Indian journal of veterinary science and animal husbandry - Volume 5,
Year: 1935
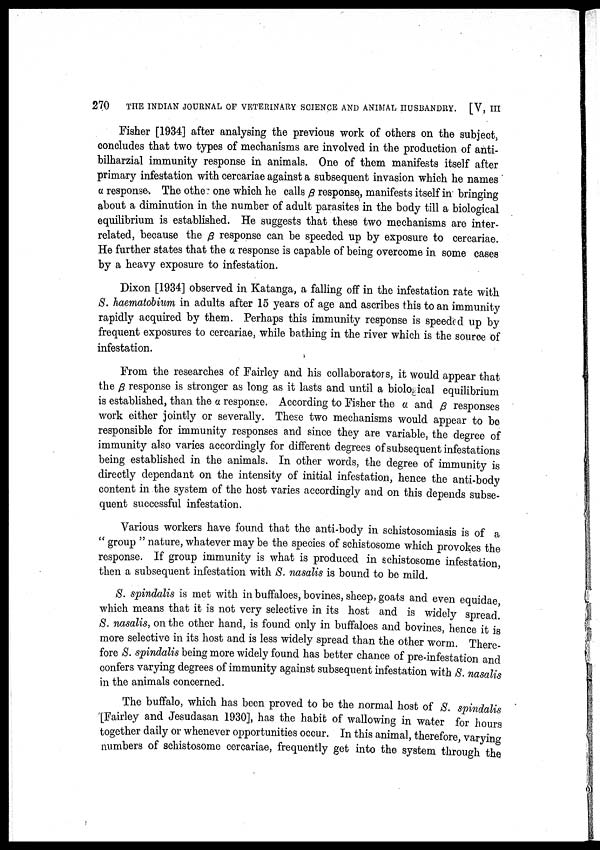
270
THE INDIAN JOURNAL OF VETERINARY SCIENCE AND ANIMAL HUSBANDRY. [V, III
Fisher [1934] after analysing the previous work of others on the subject,
concludes that two types of mechanisms are involved in the production of anti¬
bilharzial immunity response in animals. One of them manifests itself after
primary infestation with cercariae against a subsequent invasion which he names
a response. The othe one which he calls β response, manifests itself in bringing
about a diminution in the number of adult parasites in the body till a biological
equilibrium is established. He suggests that these two mechanisms are inter
related, because the β response can be speeded up by exposure to cercariae.
He further states that the a response is capable of being overcome in some cases
by a heavy exposure to infestation.
Dixon [1934] observed in Katanga, a falling off in the infestation rate with
S. haematobium in adults after 15 years of age and ascribes this to an immunity
rapidly acquired by them. Perhaps this immunity response is speeded up by
frequent exposures to cercariae, while bathing in the river which is the source of
infestation.
From the researches of Fairley and his collaborators, it would appear that
the β response is stronger as long as it lasts and until a biological equilibrium
is established, than the a response. According to Fisher the α and β responses
work either jointly or severally. These two mechanisms would appear to be
responsible for immunity responses and since they are variable, the degree of
immunity also varies accordingly for different degrees of subsequent infestations
being established in the animals. In other words, the degree of immunity is
directly dependant on the intensity of initial infestation, hence the anti-body
content in the system of the host varies accordingly and on this depends subse
quent successful infestation.
Various workers have found that the anti-body in schistosomiasis is of a
" group " nature, whatever may be the species of schistosome which provokes the
response. If group immunity is what is produced in schistosome infestation,
then a subsequent infestation with S. nasalis is bound to be mild.
S. spindalis is met with in buffaloes, bovines, sheep, goats and even equidae,
which means that it is not very selective in its host and is widely spread.
S. nasalis, on the other hand, is found only in buffaloes and bovines, hence it is
more selective in its host and is less widely spread than the other worm. There
fore S. spindalis being more widely found has better chance of pre-infestation and
confers varying degrees of immunity against subsequent infestation with S. nasalis
in the animals concerned.
The buffalo, which has been proved to be the normal host of S. spindalis
[Fairley and Jesudasan 1930], has the habit of wallowing in water for hours
together daily or whenever opportunities occur. In this animal, therefore, varying
numbers of schistosome cercariae, frequently get into the system through the